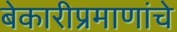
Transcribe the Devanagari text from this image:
बेकारीप्रमाणांचे